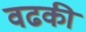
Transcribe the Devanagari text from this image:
वढकी